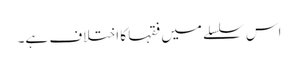
اس سلسلے میں فقہا کا اختلاف ہے۔